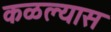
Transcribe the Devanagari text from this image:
कळल्यास